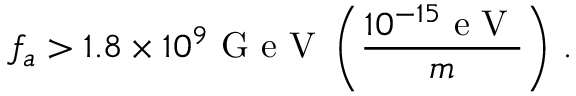
f _ { a } > 1 . 8 \times 1 0 ^ { 9 } \mathrm { ~ G ~ e ~ V ~ } \left( \frac { 1 0 ^ { - 1 5 } \mathrm { ~ e ~ V ~ } } { m } \right) \, .